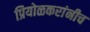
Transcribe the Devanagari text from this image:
प्रियोळकरांनीच